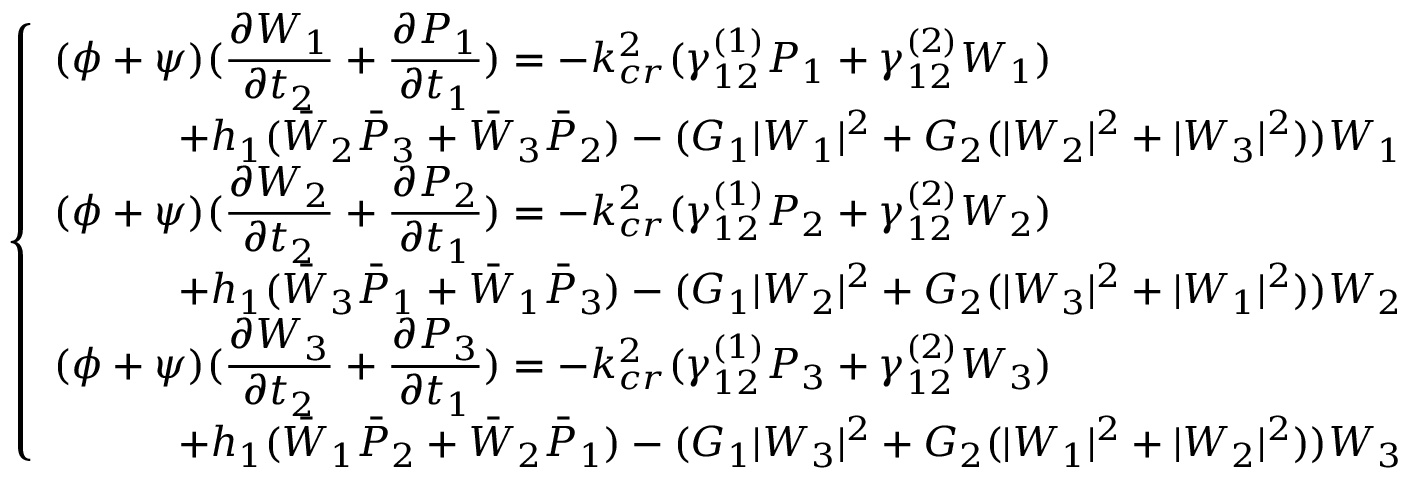
\left\{ \begin{array} { l l } { ( \phi + \psi ) \displaystyle ( \frac { \partial W _ { 1 } } { \partial t _ { 2 } } + \frac { \partial P _ { 1 } } { \partial t _ { 1 } } ) = - k _ { c r } ^ { 2 } ( \gamma _ { 1 2 } ^ { ( 1 ) } P _ { 1 } + \gamma _ { 1 2 } ^ { ( 2 ) } W _ { 1 } ) } \\ { \qquad \quad + h _ { 1 } ( \bar { W } _ { 2 } \bar { P } _ { 3 } + \bar { W } _ { 3 } \bar { P } _ { 2 } ) - ( G _ { 1 } \vert W _ { 1 } \vert ^ { 2 } + G _ { 2 } ( \vert W _ { 2 } \vert ^ { 2 } + \vert W _ { 3 } \vert ^ { 2 } ) ) W _ { 1 } } \\ { ( \phi + \psi ) \displaystyle ( \frac { \partial W _ { 2 } } { \partial t _ { 2 } } + \frac { \partial P _ { 2 } } { \partial t _ { 1 } } ) = - k _ { c r } ^ { 2 } ( \gamma _ { 1 2 } ^ { ( 1 ) } P _ { 2 } + \gamma _ { 1 2 } ^ { ( 2 ) } W _ { 2 } ) } \\ { \qquad \quad + h _ { 1 } ( \bar { W } _ { 3 } \bar { P } _ { 1 } + \bar { W } _ { 1 } \bar { P } _ { 3 } ) - ( G _ { 1 } \vert W _ { 2 } \vert ^ { 2 } + G _ { 2 } ( \vert W _ { 3 } \vert ^ { 2 } + \vert W _ { 1 } \vert ^ { 2 } ) ) W _ { 2 } } \\ { ( \phi + \psi ) \displaystyle ( \frac { \partial W _ { 3 } } { \partial t _ { 2 } } + \frac { \partial P _ { 3 } } { \partial t _ { 1 } } ) = - k _ { c r } ^ { 2 } ( \gamma _ { 1 2 } ^ { ( 1 ) } P _ { 3 } + \gamma _ { 1 2 } ^ { ( 2 ) } W _ { 3 } ) } \\ { \qquad \quad + h _ { 1 } ( \bar { W } _ { 1 } \bar { P } _ { 2 } + \bar { W } _ { 2 } \bar { P } _ { 1 } ) - ( G _ { 1 } \vert W _ { 3 } \vert ^ { 2 } + G _ { 2 } ( \vert W _ { 1 } \vert ^ { 2 } + \vert W _ { 2 } \vert ^ { 2 } ) ) W _ { 3 } } \end{array} \right.